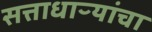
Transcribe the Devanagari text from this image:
सत्ताधाऱ्यांचा